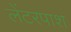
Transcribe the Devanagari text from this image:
लेंटरपाश